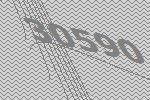
30590